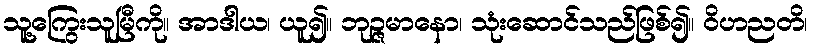
သူ့ကြွေးသူမြီကို။ အာဒါယ၊ ယူ၍။ ဘုဉ္ဇမာနော၊ သုံးဆောင်သည်ဖြစ်၍။ ဝိဟညတိ၊